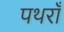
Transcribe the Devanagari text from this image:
पथराँ